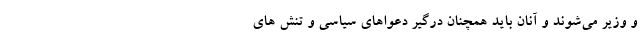
و وزیر می‌شوند و آنان باید همچنان درگیر دعواهای سیاسی و تنش ‌های